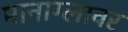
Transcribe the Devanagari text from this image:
मानाग्लावर